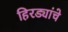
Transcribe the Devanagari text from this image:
हिरड्यांचे